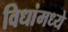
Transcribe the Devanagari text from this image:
विधांमध्ये